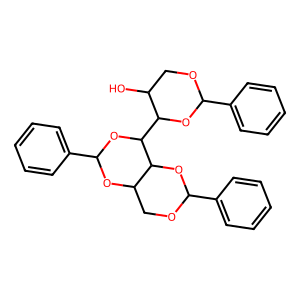
SMILES: OC1COC(c2ccccc2)OC1C1OC(c2ccccc2)OC2COC(c3ccccc3)OC21
Inhibits HIV replication: No